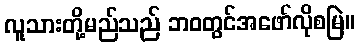
လူသားတို့မည်သည် ဘဝတွင်အဖော်လိုစမြဲ။